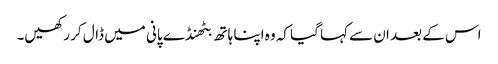
اس کے بعد ان سے کہا گیا کہ وہ اپنا ہاتھ بٹھنڈے پانی میں ڈال کر رکھیں۔